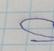
Signature authenticity: forged